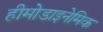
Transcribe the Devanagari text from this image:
हीमोडाइनेमिक